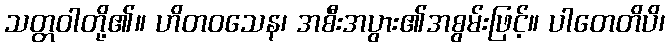
သတ္တဝါတို့၏။ ဟိတဝသေန၊ အစီးအပွား၏အစွမ်းဖြင့်။ ပါတေတိပိ၊